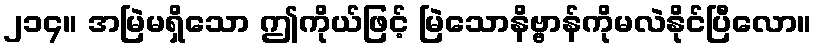
၂၁၄။ အမြဲမရှိသော ဤကိုယ်ဖြင့် မြဲသောနိဗ္ဗာန်ကိုမလဲနိုင်ပြီလော။